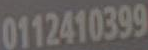
0112410399